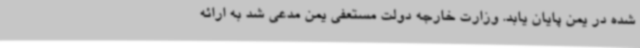
شده در یمن پایان یابد. وزارت خارجه دولت مستعفی یمن مدعی شد به ارائه